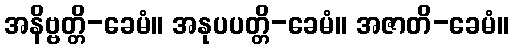
အနိဗ္ဗတ္တိ-ခေမံ။ အနုပပတ္တိ-ခေမံ။ အဇာတိ-ခေမံ။